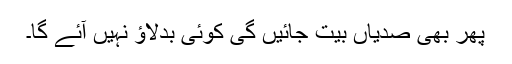
پھر بھی صدیاں بیت جائیں گی کوئی بدلاؤ نہیں آئے گا۔